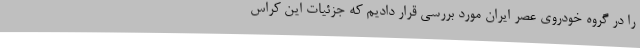
را در گروه خودروی عصر ایران مورد بررسی قرار دادیم که جزئیات این کراس